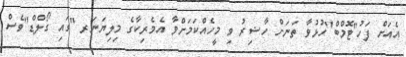
އެއަށް ފަހު''ޓޮމްބް''ހުޅުވާ ތަނަށް ހާޟިރު ވި މީހެއްކަމަށްވާ އެމެރިކާގެ މިލިޔަނަރ ''ގައި ގޯލްޑް''ވެސް